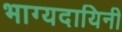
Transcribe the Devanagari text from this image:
भाग्यदायिनी